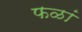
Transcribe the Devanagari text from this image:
फळां